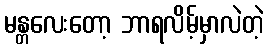
မန္တလေးတော့ ဘာရလိမ့်မှာလဲတဲ့